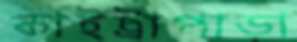
কাইট্রাপাড়া